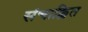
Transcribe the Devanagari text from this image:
संचाक्लित